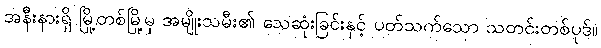
အနီးနားရှိ မြို့တစ်မြို့မှ အမျိုးသမီး၏ သေဆုံးခြင်းနှင့် ပတ်သက်သော သတင်းတစ်ပုဒ်။